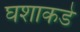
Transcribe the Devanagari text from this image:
घशाकडे